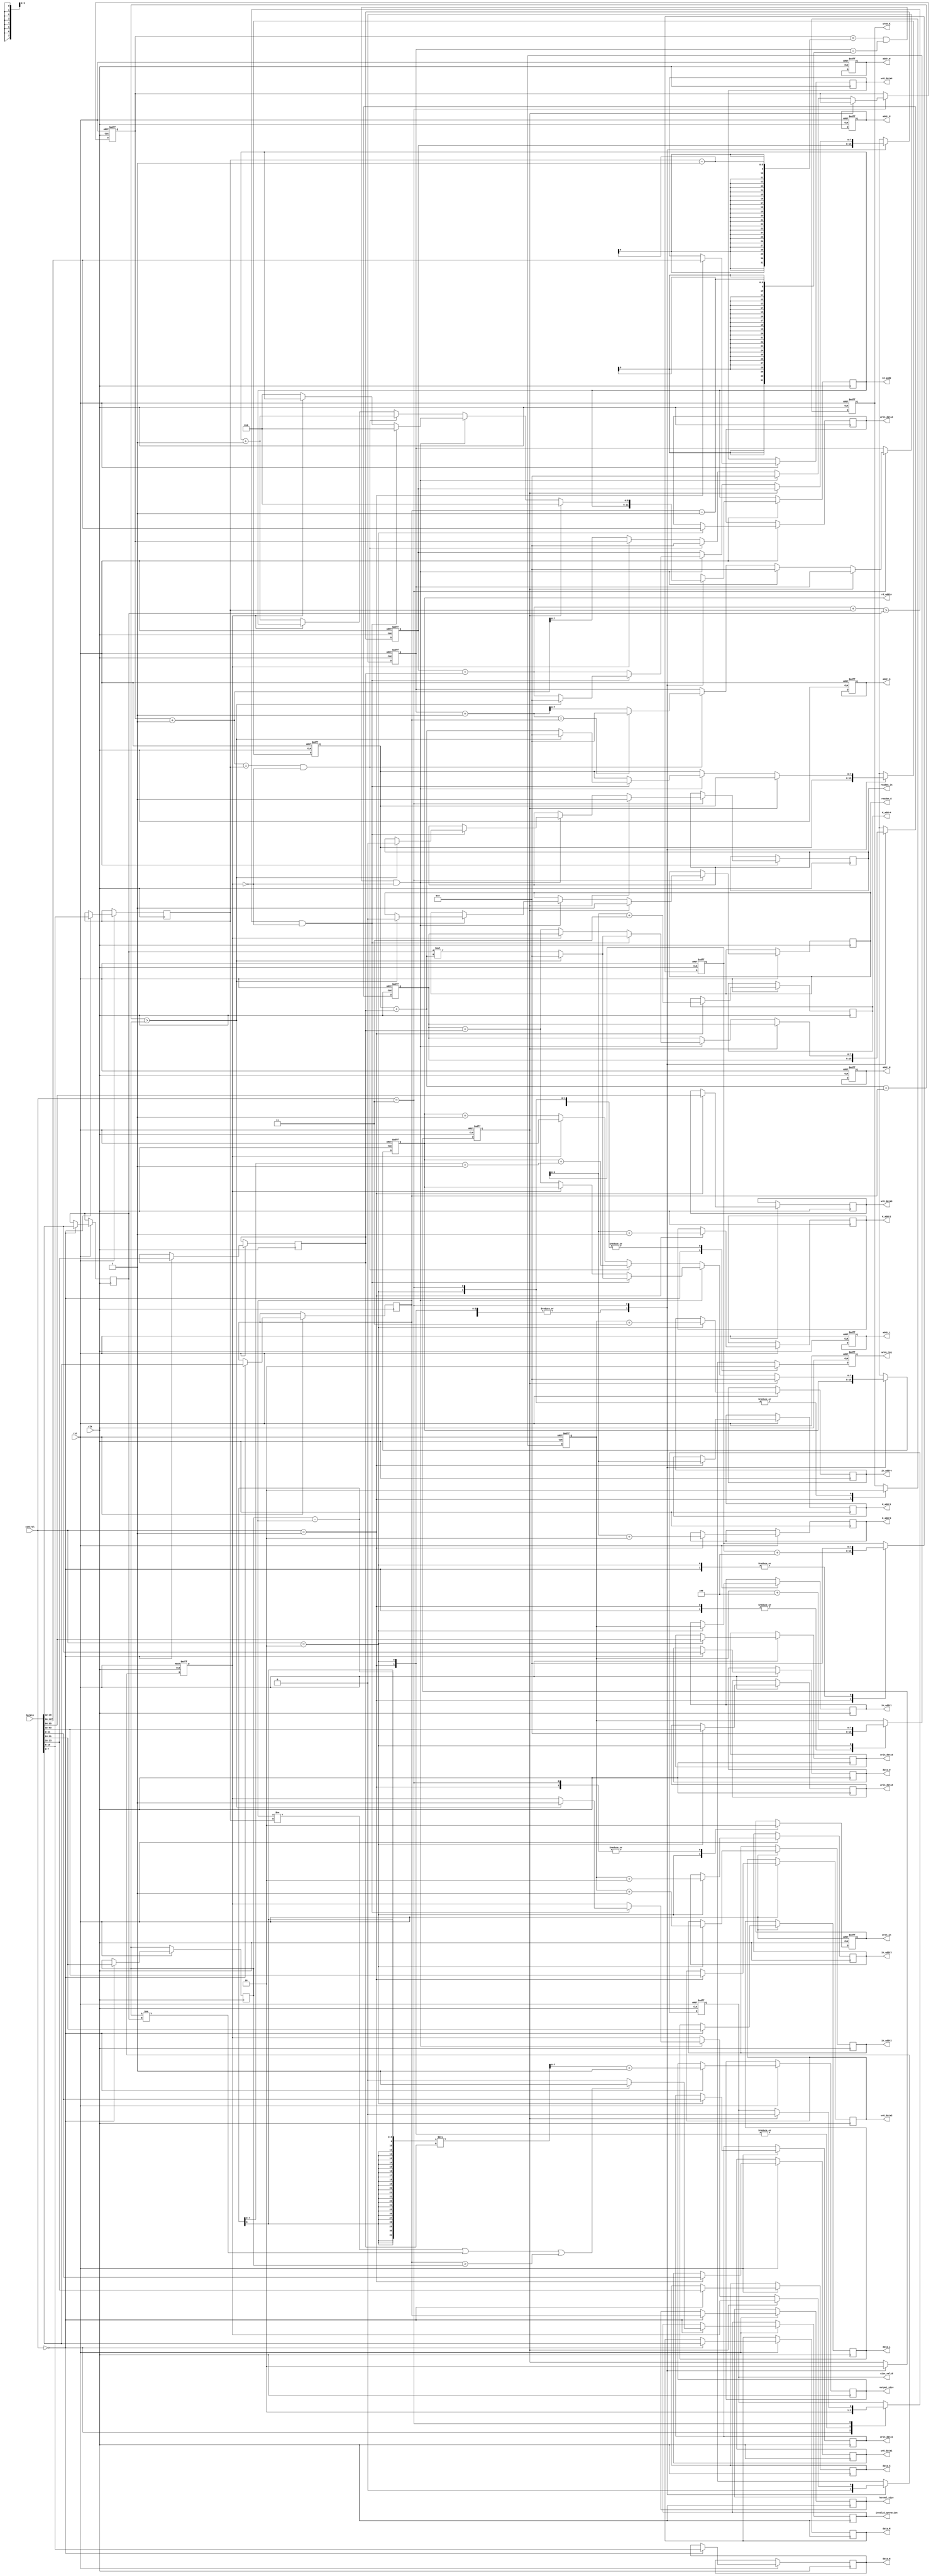
module controller (
	input 				clk,
	input   			rst,
	input 		[1:0] 	control,
	input 		[127:0] Datain,
	//////////////////////Kernel memory////////////////////////
	output 	reg			wren_K,
	output	reg [31:0]  wrK_data1,wrK_data2,wrK_data3,wrK_data4,
	output 	reg [5:0] 	K_addr1,K_addr2,K_addr3,K_addr4,
	output  reg			readen_K,
	output 	reg [5:0]	rd_addK,
	///////////////////////Register//////////////////////////
	output  reg			wren_reg,
	output  reg [7:0] 	data_M,data_N,data_S,data_L,data_W,
	output	reg [2:0]   addr_M, addr_N, addr_S, addr_L, addr_W,
	/////////////////////input memory//////////////////////////
	output	reg			wren_in,
	output 	reg [31:0] 	wrin_data1,wrin_data2,wrin_data3,wrin_data4,
	output 	reg [7:0] 	in_addr1,in_addr2,in_addr3,in_addr4,
	output  reg			readen_in,
	output 	reg [7:0]	rd_addin, // pointer_e
	/////////////////////FIFO controller////////////////////////////
	output  reg [7:0]	output_size,
	output reg size_valid ,
	/////////////////////Accumulator///////////////////////////
	//output  reg   	  	Accum_clear,
	output reg [7:0] kernel_size,
	output reg invalid_operation
	);
 
/////////////Size of input, Kernel, Stride Length/////////////
reg [7:0] M,N,S,L,W;
//////////////pointers to save data in correct address when loading////////
reg [7:0] Kadd_pointer;
reg [7:0] inadd_pointer;
//////////////used for calclations//////////////////////////
reg [7:0] R,C,Pointer_E, r ,c;
 
reg start; /// flag to make sure that first address taken is address 0
reg Done;  ///  all addresses are ready for mulplication and accumulation

always @(posedge clk or negedge rst) begin	
	if(~rst) begin
		wren_K <= 0;
		wren_in <= 0;
		wren_reg <= 0;
		Done <= 0;
	 	//Accum_clear <= 1;
	 	Kadd_pointer <= 0;
	 	inadd_pointer <= 0;
	 	R <= 0;
	 	C <= 0;
	 	r <= 0;
	 	c <= 0;
	 	Pointer_E <= 0;
	 	rd_addin <=0 ;
	 	start <= 1;
	 	size_valid <= 1'b0;
	 	addr_M <= 3'd0;
	 	addr_N <= 3'd1;
	 	addr_S <= 3'd2;
	 	addr_L <= 3'd3;
	 	addr_W <= 3'd4;
	end
	else begin
		case (control)
			2'b00: 	begin //load input feature
						M <= Datain[7:0];
						N <= Datain[15:8];
						S <= Datain[23:16];
						L <= Datain[31:24];
						W <= Datain[39:32];
						data_M <= Datain[7:0];
						data_N <= Datain[15:8];
						data_S <= Datain[23:16];
						data_L <= Datain[31:24];
						data_W <= Datain[39:32];
						wren_reg <= 1;
						Kadd_pointer <= 0;
	 					inadd_pointer <= 0;
	 					start <= 1;
	 					output_size <= ((L-M)/S)+1 ;
	 					size_valid <= 1'b1; 
	 					kernel_size <= M; 
	 					Done <= 0;
	 					if ((M != N) || (L != W) || (M > L))
	 					  begin
	 					    invalid_operation <= 1'b1;
	 					    
	 					  end
	 					  else 
	 					    begin
	 					      invalid_operation <= 1'b0;
	 					    end
	 					  
				   	end
			2'b01:	begin // load kernel
						wrK_data1 <= Datain[31:0];
						wrK_data2 <= Datain[63:32];
						wrK_data3 <= Datain[95:64];
						wrK_data4 <= Datain[127:96];
						K_addr1 <= Kadd_pointer;
						K_addr2 <= Kadd_pointer + 1 ;
						K_addr3 <= Kadd_pointer + 2 ;
						K_addr4 <= Kadd_pointer + 3 ;
						Kadd_pointer <= Kadd_pointer + 4;
						//Accum_clear <= 1;
						wren_K <= 1;
						wren_in <= 0;
						wren_reg <= 0;
	 					inadd_pointer <= 0;
	 					start <= 1;
	 					size_valid <= 1'b0;
	 					Done <= 0;
					end
 
			2'b10:	begin // load configuration (loading input image)
						wrin_data1 <= Datain[31:0];
						wrin_data2 <= Datain[63:32];
						wrin_data3 <= Datain[95:64];
						wrin_data4 <= Datain[127:96];
						in_addr1 <= inadd_pointer;
						in_addr2 <= inadd_pointer + 1 ;
						in_addr3 <= inadd_pointer + 2 ;
						in_addr4 <= inadd_pointer + 3 ;
						inadd_pointer <= inadd_pointer + 4;
						Done <=  0;
						
						//Accum_clear <= 1;
						wren_K <= 0;
						wren_in <= 1;
						wren_reg <= 0;
	 					Kadd_pointer <= 0;
	 					start <= 1;
	 					size_valid <= 1'b0;
					end	
 
			2'b11:	begin 
			          wren_K <= 0;
						    wren_in <= 0;
						    wren_reg <= 0;
								if(start) begin // this ensures that first address is address 0 
									rd_addK <= 0;
									rd_addin <= 0;
									readen_in <= 1;
									readen_K <= 1;
									start <= 0;
									size_valid <= 1'b0;
						
								end
								else begin
									if((c == N-1) && (r == M-1) && (~Done)) begin //element of output is done
										c <= 0;
										r <= 0;
										C = C + S; // move the Kernel window to right
										if((C + N) > W && (~Done)) begin //columns finished, check Row increase it by stride or operation finished
											C <= 0;
											R = R + S;	//increment R to move the kernel window down 
											Pointer_E =  0 ; // Reset pointer 
											Pointer_E = W * R;
											rd_addin = Pointer_E;
											rd_addK = 0;
											if((R + M) > L) begin // operation finished (Kernel outside input matrix)
												C = 0 ;
												R = 0;
												//Accum_clear = 1;
												Done = 1;
												readen_in <= 0;
									      readen_K <= 0;
												rd_addin = 0; // reset address, operation finished 
												Pointer_E = 0; //reset pointer, operation finished
												rd_addK = 0; // reset address of Kernel window
											end
										end
										else begin
											if (~Done) begin
												rd_addin <= Pointer_E + S; // update address of input matrix
												Pointer_E <= Pointer_E + S; // update pointer of input matrix
												rd_addK <= 0; // reset address of Kernel window to 0 to get another element of output
											end
										end
									end
									else begin //  element of output is not done yet
										if(((c+1) == N) && (~Done)) begin // check columns of kernel is finished or not
											c <= 0;
											rd_addin <= rd_addin + (L-M+1); // update address of input matrix 
											rd_addK <= rd_addK + 1; // update address of kernel matrix
											if((r+1) == M) begin // check if rows of kernel window is finished or not
												r <= 0;
											end
											else begin //rows of kernel not finished so incresae
												r <= r + 1;
											end
										end
										else begin // columns of kernel not finished so incresae
											if(~Done) begin
												c <= c + 1;
												rd_addin <= rd_addin + 1;
												rd_addK <= rd_addK + 1;
											end
										end
									end
 
								end
 
 
						end
 
						
		endcase
 
 
	end
 
end
 
 
endmodule